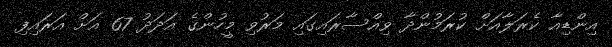
އިންޑިއާ ކެރަލާއަށް ކުރަމުންދާ ވިއްސާރައިގައި މަރުވި މީހުންގެ އަދަދު 67 އަށް އަރައިފި